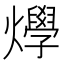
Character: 𤒎